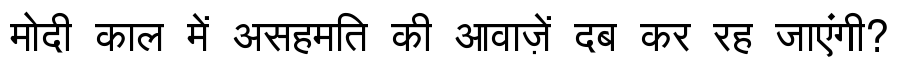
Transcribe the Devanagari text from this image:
मोदी काल में असहमति की आवाज़ें दब कर रह जाएंगी?